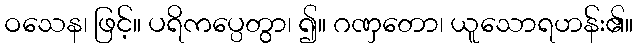
ဝသေန၊ ဖြင့်။ ပရိကပ္ပေတွာ၊ ၍။ ဂဏှတော၊ ယူသောရဟန်း၏။